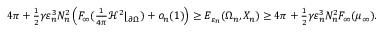
\begin{array} { r } { 4 \pi + \frac 1 2 \gamma \varepsilon _ { n } ^ { 3 } N _ { n } ^ { 2 } \left( F _ { \infty } ( \frac { 1 } { 4 \pi } \mathcal H ^ { 2 } \lfloor _ { \partial \Omega } ) + o _ { n } ( 1 ) \right) \geq E _ { \varepsilon _ { n } } ( \Omega _ { n } , X _ { n } ) \geq 4 \pi + \frac 1 2 \gamma \varepsilon _ { n } ^ { 3 } N _ { n } ^ { 2 } F _ { \infty } ( \mu _ { \infty } ) . } \end{array}